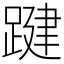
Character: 踺